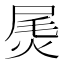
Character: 𰞫